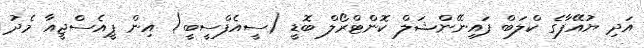
އަދި ޔުއޭފާގެ ކްލަބް ފައިނޭންޝަލް ކޮންޓްރޯލް ބޮޑީ (ސީއެފްސީބީ) އިން ޕީއެސްޖީއާ މެދު